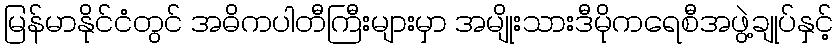
မြန်မာနိုင်ငံတွင် အဓိကပါတီကြီးများမှာ အမျိုးသားဒီမိုကရေစီအဖွဲ့ချုပ်နှင့်